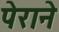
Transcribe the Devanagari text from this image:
पेराने